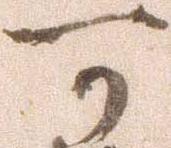
可